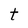
Character: t